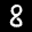
Label: 8